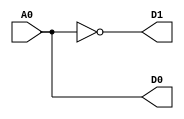
module LAB02_1TO2DECODER (
    A0, D1, D0
);
    input A0;
    output D1, D0;

    assign D0 = A0 & 1;
    assign D1 =~A0 & 1;
    
endmodule